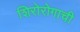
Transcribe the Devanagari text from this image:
शिरोरोगाची